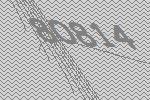
80814